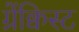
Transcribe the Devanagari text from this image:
ग्रेंक्विस्ट